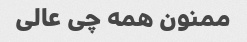
ممنون همه چی عالی